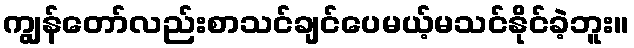
ကျွန်တော်လည်းစာသင်ချင်ပေမယ့်မသင်နိုင်ခဲ့ဘူး။